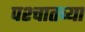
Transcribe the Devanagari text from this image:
पश्चातच्या